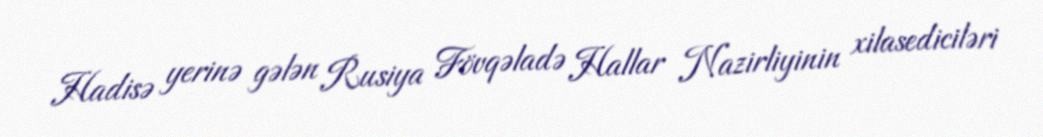
Hadisə yerinə gələn Rusiya Fövqəladə Hallar Nazirliyinin xilasediciləri